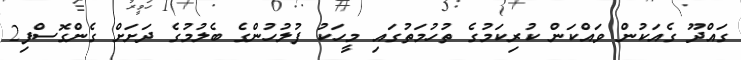
ގައްދޫ ގެއަކުން ވައްކަން ކުރިކަމުގެ ތުހުމަތުގައި މީީހަކު ފުލުހުންގެ ބެލުމުގެ ދަށަށް ގެންގޮސްފި2